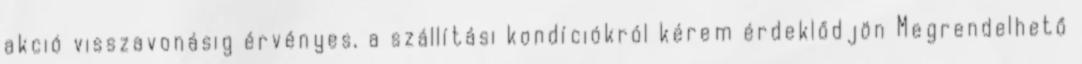
akció visszavonásig érvényes, a szállítási kondíciókról kérem érdeklődjön Megrendelhető